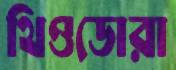
থিওডোরা